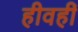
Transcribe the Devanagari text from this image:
हीवहीं